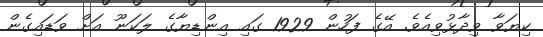
ކިޔަވާ ވިދާޅުވިއެވެ. އޭގެ ފަހުން 1929 ގައި އިންޑިޔާގެ ލަކަނޫ އަށް ވަޑައިގެން